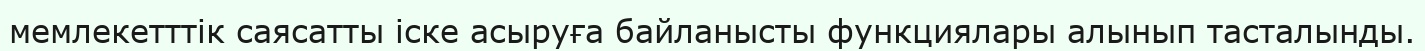
мемлекетттік саясатты іске асыруға байланысты функциялары алынып тасталынды.